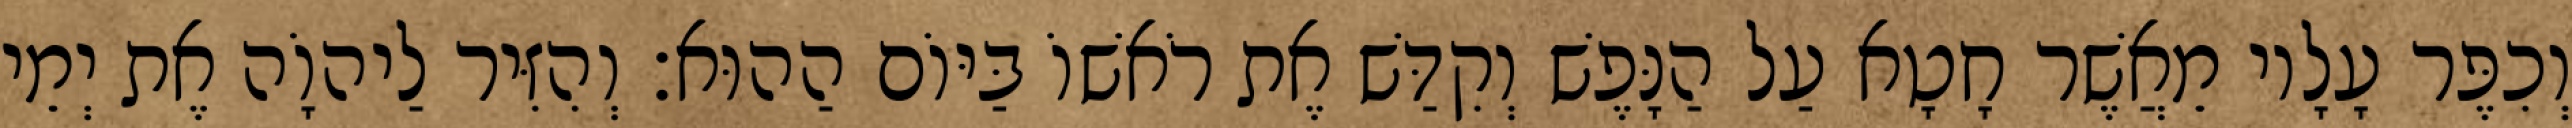
וְכִפֶּר עָלָיו מֵאֲשֶׁר חָטָא עַל הַנָּפֶשׁ וְקִדַּשׁ אֶת רֹאשׁוֹ בַּיּוֹם הַהוּא׃ וְהִזִּיר לַיהוָֹה אֶת יְמֵי